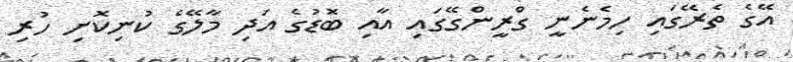
އޭގެ ތެރޭގައި ހިމެނެނީ ގްރީންގޭގައި އާއި ބޮޑުގެ އަދި މާލޭގެ ކުނިކޮށި ހުރި